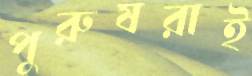
পুরুষরাই